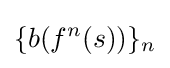
\{b(f^{n}(s))\}_{n}